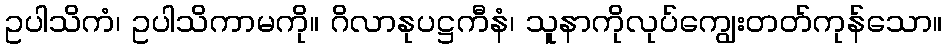
ဥပါသိကံ၊ ဥပါသိကာမကို။ ဂိလာနုပဋ္ဌကီနံ၊ သူနာကိုလုပ်ကျွေးတတ်ကုန်သော။